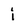
Character: i